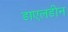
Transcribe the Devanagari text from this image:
डाएलडीन